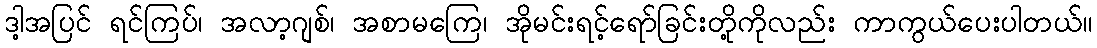
ဒါ့အပြင် ရင်ကြပ်၊ အလာ့ဂျစ်၊ အစာမကြေ၊ အိုမင်းရင့်ရော်ခြင်းတို့ကိုလည်း ကာကွယ်ပေးပါတယ်။